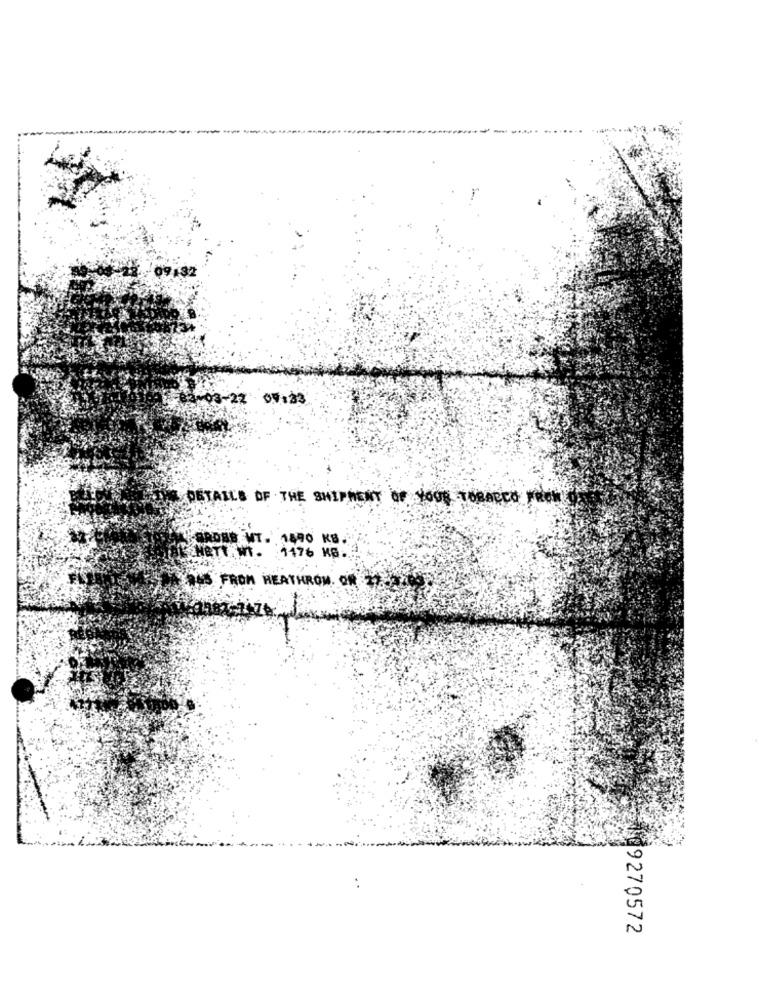
3-08-22 07:23
DETAILS OF THE SHIPMENT OF YOUR TOBARCO
CROSS WT. 1490 KB.
:1176 KG ..
265 FROM HEATHROW
9270572